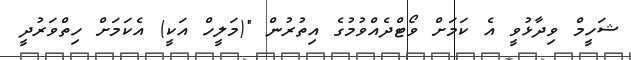
ޝަހީމް ވިދާޅުވީ އެ ކަމަށް ވޯޓްދެއްވުމުގެ އިތުރުން "(މަލީހް އަކީ) އެކަމަށް ހިތްވަރުދީ